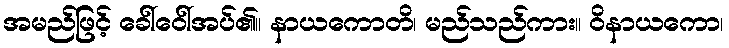
အမည်ဖြင့် ခေါ်ဝေါ်အပ်၏။ နာယကောတိ၊ မည်သည်ကား။ ဝိနာယကော၊